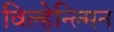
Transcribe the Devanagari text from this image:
विल्हेन्ल्मिन